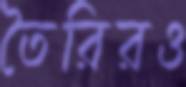
তৈরিরও